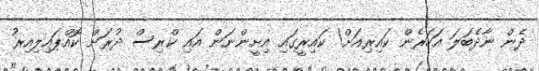
ދެން ނާދެބަލަ އަހަރެން ކައިރިއަށް! ކައިރީގައި އިށީންނަން އައި ކްރިސް ދުރަށް ކޮއްޕައިލިއިރު